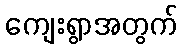
ကျေးရွာအတွက်